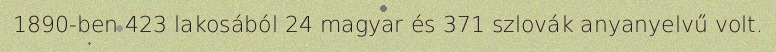
1890-ben 423 lakosából 24 magyar és 371 szlovák anyanyelvű volt.